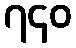
၇၄၀